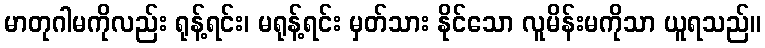
မာတုဂါမကိုလည်း ရုန့်ရင်း၊ မရုန့်ရင်း မှတ်သား နိုင်သော လူမိန်းမကိုသာ ယူရသည်။